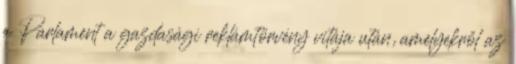
a Parlament a gazdasági reklámtörvény vitája után, amelyekről az